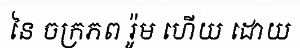
នៃ ចក្រភព រ៉ូម ហើយ ដោយ